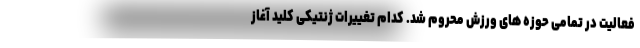
فعالیت در تمامی حوزه های ورزش محروم شد. کدام تغییرات ژنتیکی کلید آغاز